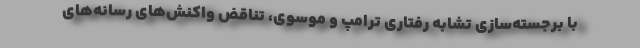
با برجسته‌سازی تشابه رفتاری ترامپ و موسوی، تناقض واکنش‌های رسانه‌های